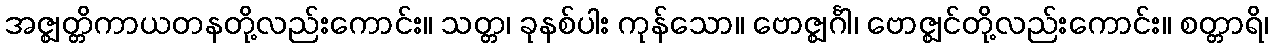
အဇ္ဈတ္တိကာယတနတို့လည်းကောင်း။ သတ္တ၊ ခုနစ်ပါး ကုန်သော။ ဗောဇ္ဈင်္ဂါ၊ ဗောဇ္ဈင်တို့လည်းကောင်း။ စတ္တာရိ၊